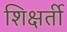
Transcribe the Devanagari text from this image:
शिक्षर्ती